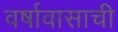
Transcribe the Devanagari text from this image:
वर्षावासाची